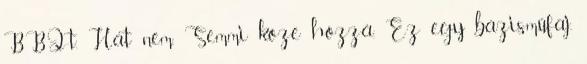
BBQ-t. Hát nem. Semmi köze hozzá. Ez egy bázisműfaj,